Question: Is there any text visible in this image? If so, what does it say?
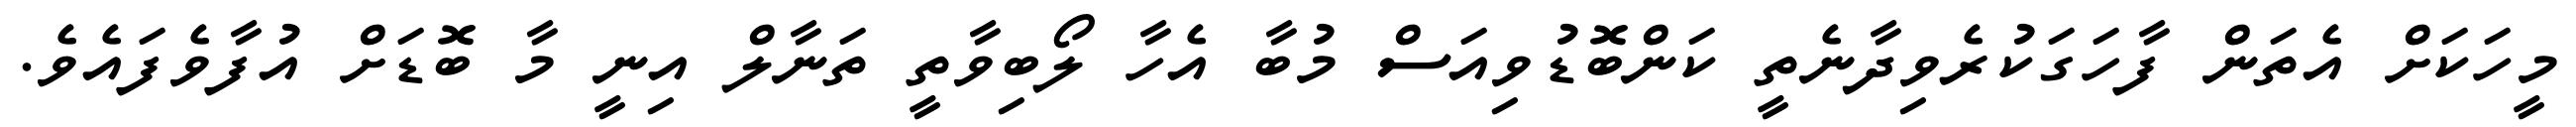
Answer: މީހަކަށް އެތަން ފާހަގަކުރެވިދާނެތީ ކަންބޮޑުވިއަސް މުބާ އެހާ ލޯބިވާތީ ތަނާލް އިނީ މާ ބޮޑަށް އުފާވެފައެވެ.